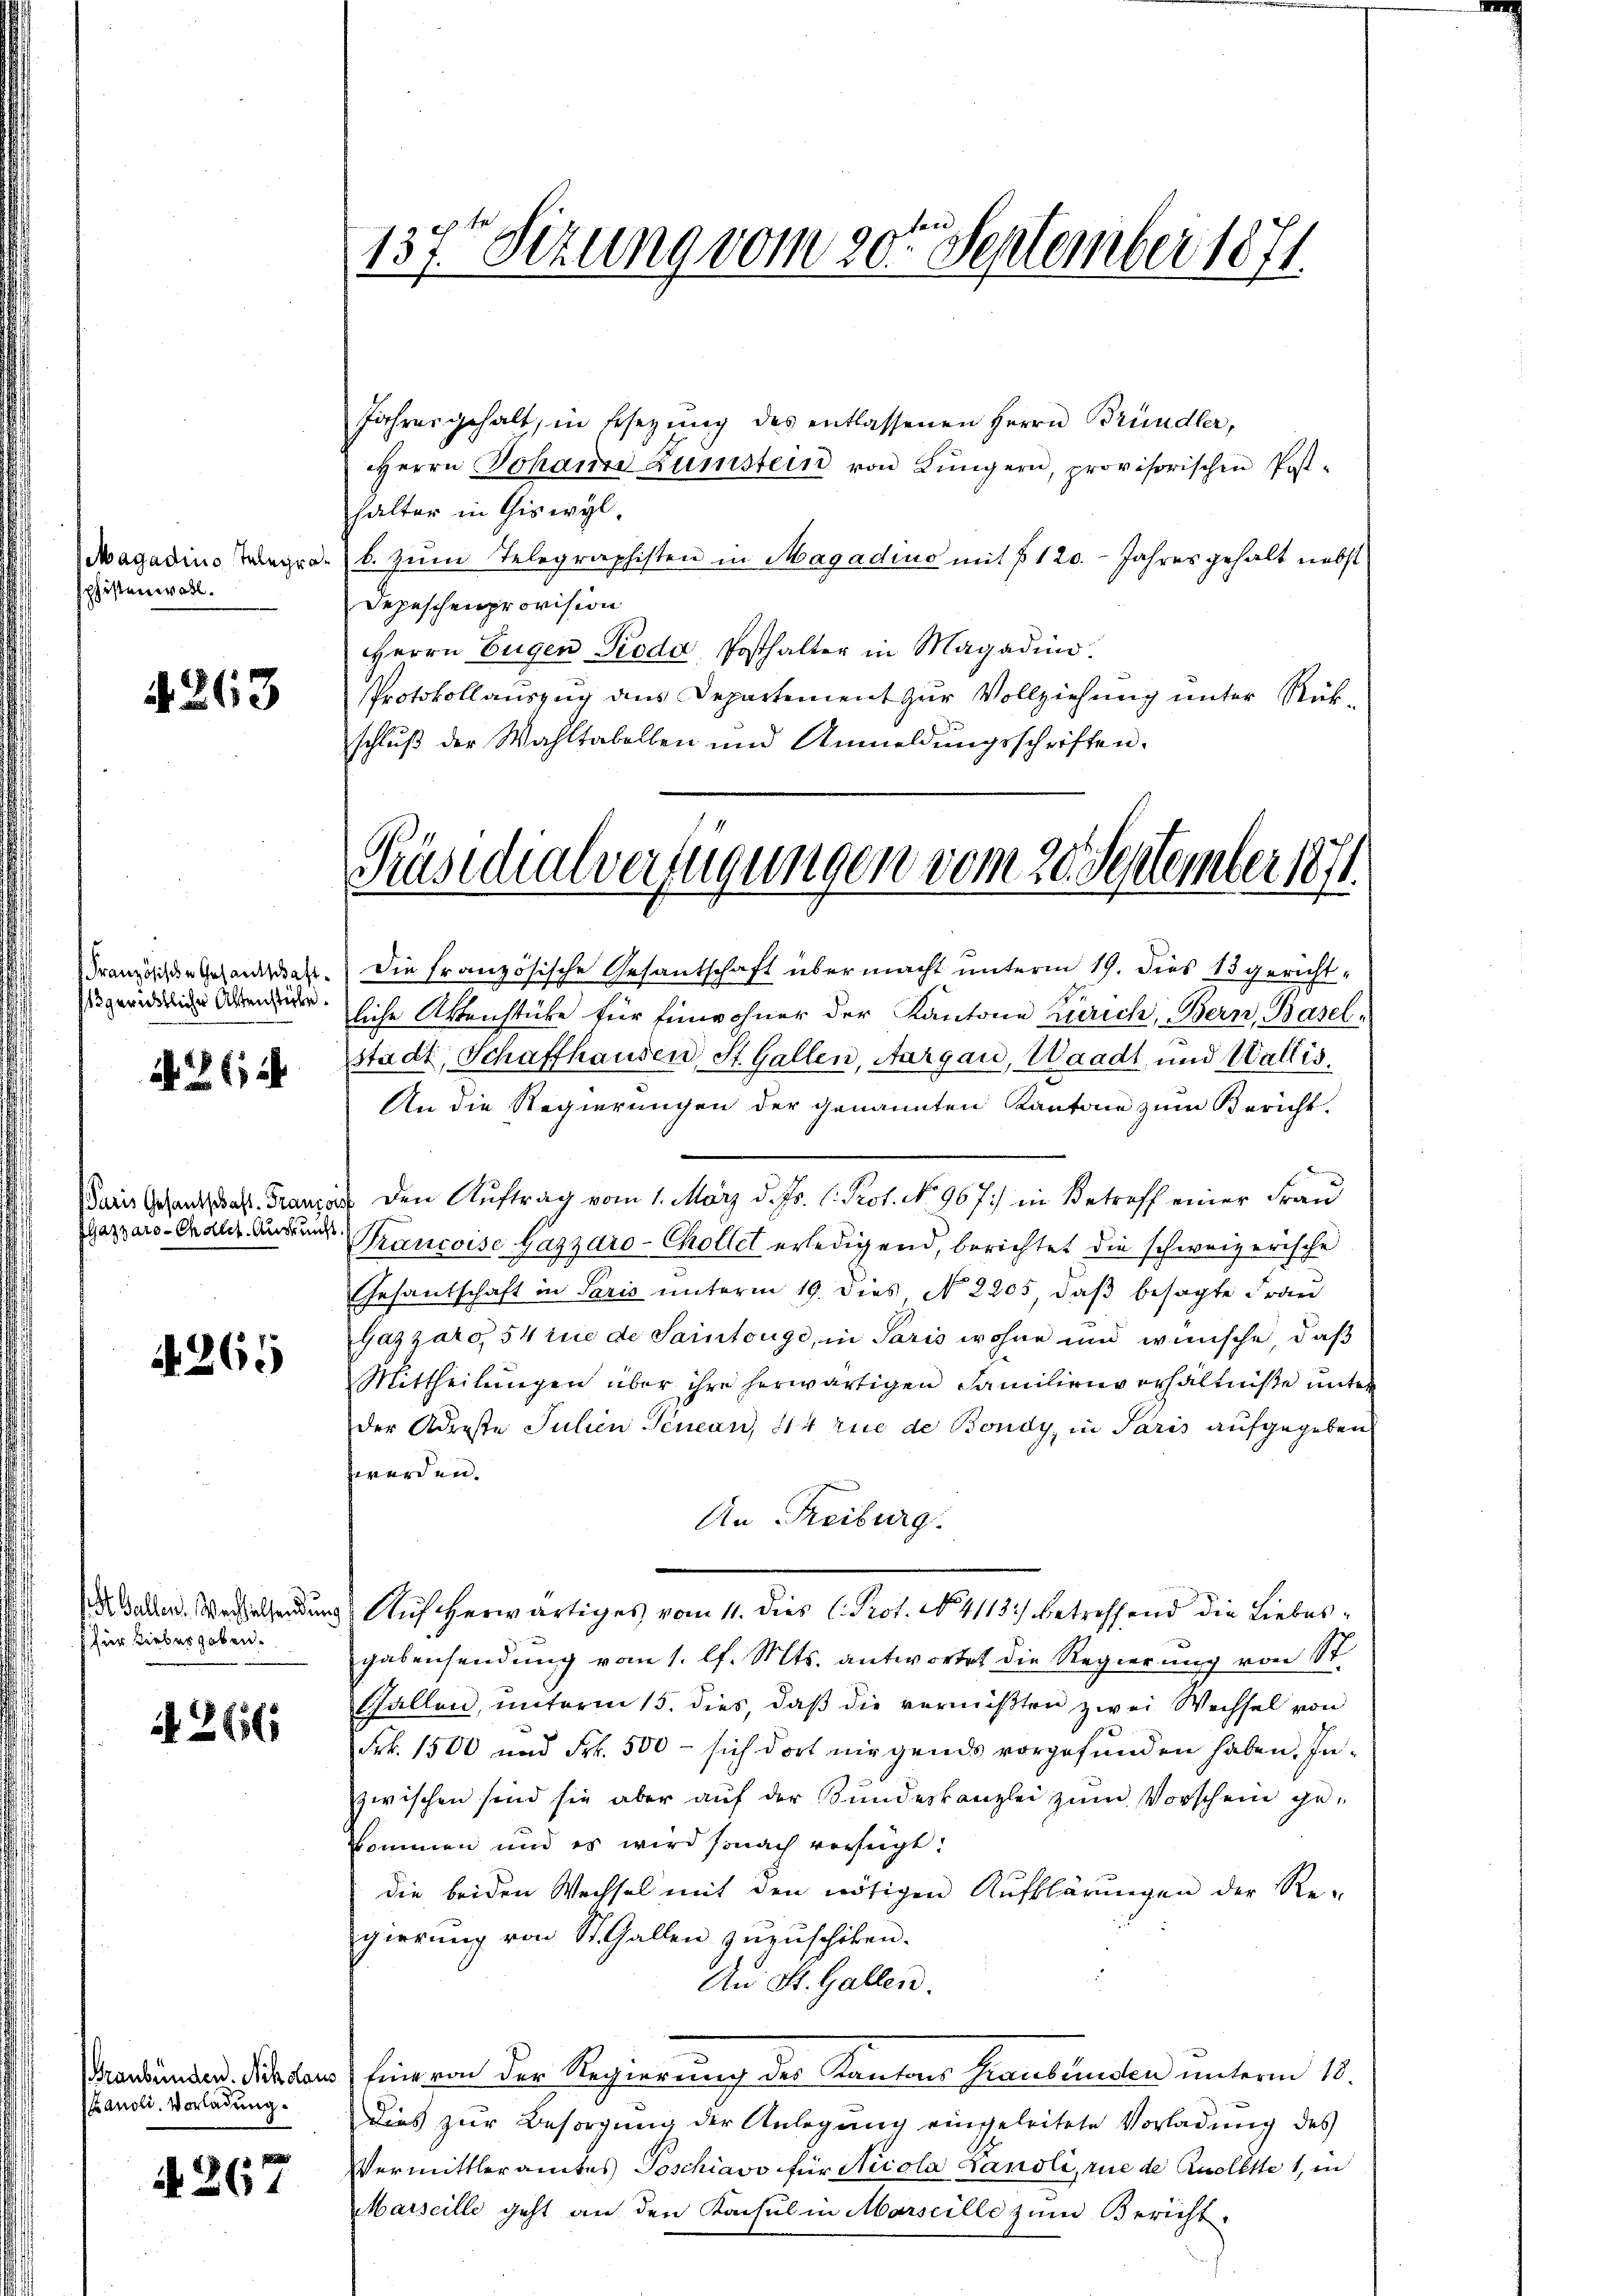
Magadino Telegra
phistenwahl.

4263

sgerichtlicher Aktenstücke.

N. Z. 124

Paris Gesantschaft. Franzos
Elazzaro-Chalet. Auskunft.

N. 265

für Liebergeben.

2656

Graubünden. Ach Haus
Lanoli, Vorladung.

A 267

Jahres gehalt, in Ersezung des entlassenen Herrn Bründler,
Herrn Johanne Zunstein von Lungern, provisorischen Posthalter in Giswyl,
d. b. zum Telegraphisten in Magadius mit § 120. Jahres gehalt nebst
Depeschenprovision
Herrn Eugen Pioda, Posthalter in Magadin.
Protokollauszug aus Departement zur Vollziehung unter Rükschluß der Wahltabelben und Anmeldungsschriften.

Französische Gesandtag. Die französische Gesantschaft übermacht unterm 19. dies 15 gericht-
liche Aktenstüke für Einwohner der Kantone Zürich, Bern, Baselstadt, Schaffhausen, St. Gallen, Aargau, Waadt und Wallis,
An die Regierungen der genannten Kantone zum Bericht.

137t Sizung vom 20ten September 1871

Präsidialverfügungen vom 20. September 1871.

d den Auftrag vom 1. März d. Js. l. Prof. No 967.) in Betreff einer Frau
Trancoise Gaszaro-Chollet erledigend, berichtet die schweizerische
Gesantschaft in Paris unterm 19. dies No 2205, daß besagte Frau
Gazzaro, 54 inie de Saintouge, in Paris wohne und wünsche, daß
Mittheilungen über ihre herwärtigen Familienverhältniße unter
der Adreste Julien Tenean, 414 rue de Bondy, in Paris aufgegeben
werden.
An Freiburg.
 Auf herwärtiges vom 11. dies C. Prot. No. 4113) betreffend die Liebesgabensendung vom 1. l. Mts. antwortet die Regierung von St
Gallen, unterm 15. dies, daß die vermißten zwei Wechsel von
Frk. 1500 und Frk. 500 - sich dort nirgends vorgefunden haben. Inzwischen sind sie aber auf der Bundeskanzlei zum Vorschein gekommen und es wird sonach verfügt:
die beiden Wechsel mit den nötigen Aufklärungen der Re-
gierung von St. Gallen zuzuschiken.
An St. Gallen.
Ein von der Regierung der Kantons Graubünden unterm 18.
Dies zur Besorgung der Anlegung eingeleitete Vorladung des
VVermittleramtes Poschiavo für Nicola Lanoli, rue de Quolette 1, in
Marseille geht an den Konsul in Marseille zum Bericht.